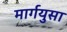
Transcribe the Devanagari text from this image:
मार्गयुसा